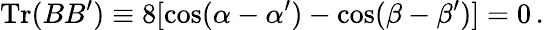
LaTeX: \mathrm{Tr}(BB^{\prime})\equiv 8[\cos(\alpha-\alpha^{\prime})-\cos(\beta-\beta^{\prime})]=0\, .